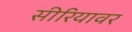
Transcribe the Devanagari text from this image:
सीरियावर